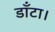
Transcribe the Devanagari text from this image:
डाँटा।